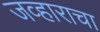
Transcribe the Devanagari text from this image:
जव्हाराचा